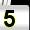
Digit: 5